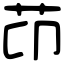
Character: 䒢